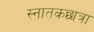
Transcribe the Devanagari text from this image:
स्नातकछात्रा